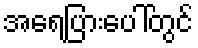
အရေပြားပေါ်တွင်